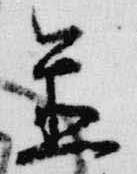
置